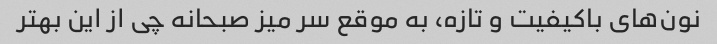
نون‌های باکیفیت و تازه، به موقع سر میز صبحانه چی از این بهتر